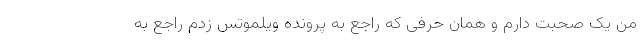
من یک صحبت دارم و همان حرفی که راجع به پرونده ویلموتس زدم راجع به